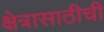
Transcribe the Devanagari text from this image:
क्षेत्रासाठीची